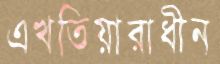
এখতিয়ারাধীন